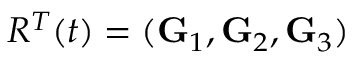
R ^ { T } ( t ) = ( { \bf G } _ { 1 } , { \bf G } _ { 2 } , { \bf G } _ { 3 } )